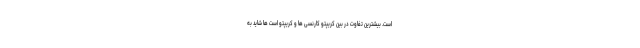
است. بیشترین تفاوت در بین کریپتو کارنسی ها و کریپتو است ها شاید به